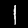
Label: 1